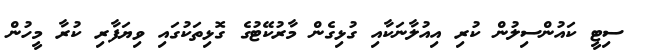
ސިޓީ ކައުންސިލުން ކުރި އިއުލާނަކާއި ގުޅިގެން މާރުކޭޓުގެ ގޮޅިތަކުގައި ވިޔަފާރި ކުރާ މީހުން